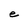
Character: e